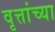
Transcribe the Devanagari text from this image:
वृत्तांच्या